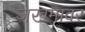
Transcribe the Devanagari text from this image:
जखमावर